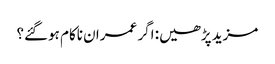
مزید پڑھیں: اگر عمران ناکام ہوگئے؟